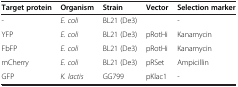
| Target protein | Organism | Strain | Vector | Selection marker |
 | --- | --- | --- | --- | --- |
 | - | E. coli | BL21 (De3) |  | - |
 | YFP | E. coli | BL21 (De3) | pRotHi | Kanamycin |
 | FbFP | E. coli | BL21 (De3) | pRotHi | Kanamycin |
 | mCherry | E. coli | BL21 (De3) | pRSet | Ampicillin |
 | GFP | K. lactis | GG799 | pKlac1 | - |